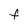
Character: F